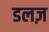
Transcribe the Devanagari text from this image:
डलज़